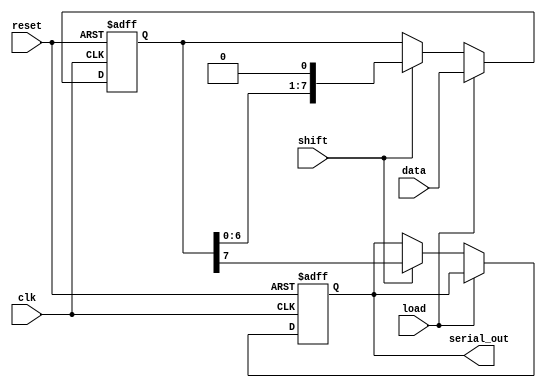
module PISO_Register (
    input wire [7:0] data,      // 8-bit parallel data input
    input wire load,            // Load control signal
    input wire shift,           // Shift control signal
    input wire clk,             // Clock signal
    input wire reset,           // Asynchronous reset signal
    output reg serial_out       // Serial output
);

    reg [7:0] shift_reg;        // Internal 8-bit shift register

    // Asynchronous reset and loading/shifting logic
    always @(posedge clk or posedge reset) begin
        if (reset) begin
            shift_reg <= 8'b0;   // Clear the register on reset
            serial_out <= 1'b0;  // Clear serial output
        end else begin
            if (load) begin
                shift_reg <= data; // Load data into the shift register
            end else if (shift) begin
                serial_out <= shift_reg[7]; // Output the MSB
                shift_reg <= {shift_reg[6:0], 1'b0}; // Shift left and fill LSB with 0
            end
        end
    end

endmodule